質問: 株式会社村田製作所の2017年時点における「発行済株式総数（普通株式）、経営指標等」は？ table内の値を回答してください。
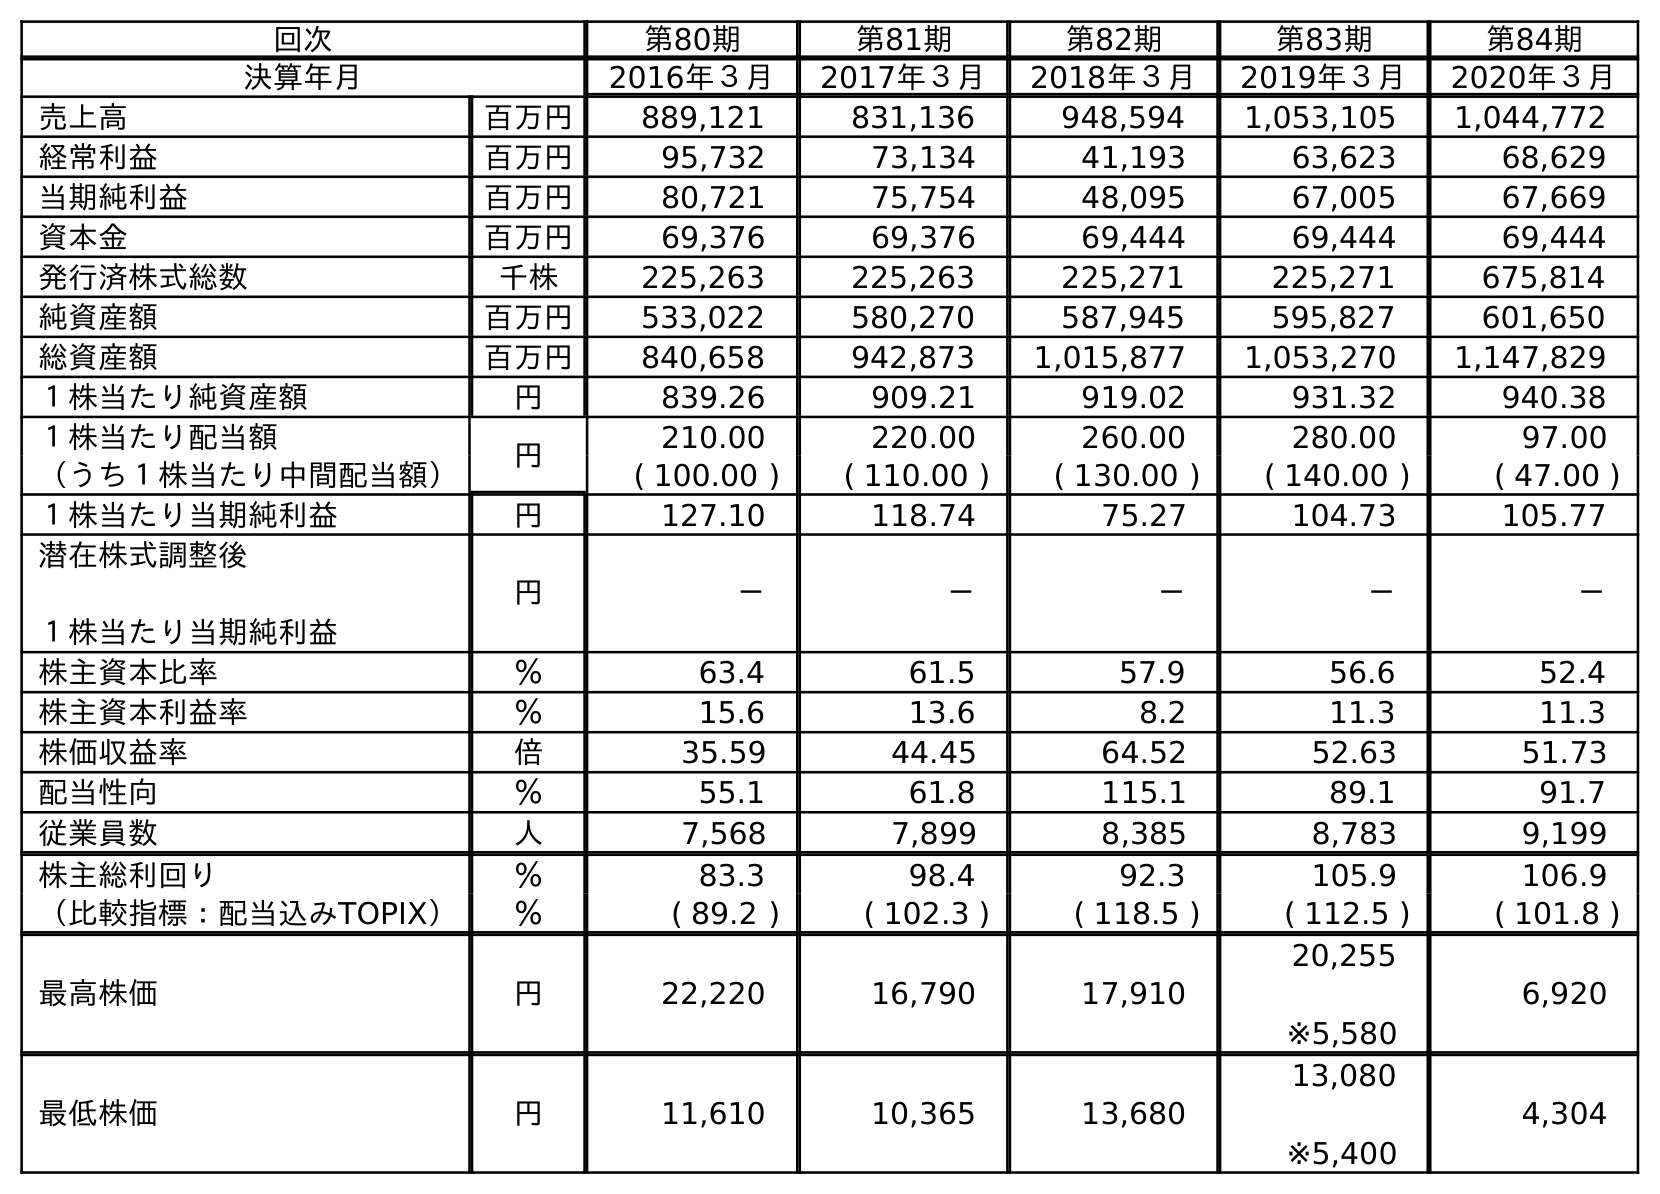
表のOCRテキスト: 回次 第80期 第81期 第82期 第83期 第84期 決算年月 2016年３月 2017年３月 2018年３月 2019年３月 2020年３月 売上高 百万円 889,121 831,136 948,594 1,053,105 1,044,772 経常利益 百万円 95,732 73,134 41,193 63,623 68,629 当期純利益 百万円 80,721 75,754 48,095 67,005 67,669 資本金 百万円 69,376 69,376 69,444 69,444 69,444 発行済株式総数 千株 225,263 225,263 225,271 225,271 675,814 純資産額 百万円 533,022 580,270 587,945 595,827 601,650 総資産額 百万円 840,658 942,873 1,015,877 1,053,270 1,147,829 １株当たり純資産額 円 839.26 909.21 919.02 931.32 940.38 １株当たり配当額 円 210.00 220.00 260.00 280.00 97.00 （うち１株当たり中間配当額） ( 100.00 ) ( 110.00 ) ( 130.00 ) ( 140.00 ) ( 47.00 ) １株当たり当期純利益 円 127.10 118.74 75.27 104.73 105.77 潜在株式調整後 １株当たり当期純利益 円 － － － － － 株主資本比率 ％ 63.4 61.5 57.9 56.6 52.4 株主資本利益率 ％ 15.6 13.6 8.2 11.3 11.3 株価収益率 倍 35.59 44.45 64.52 52.63 51.73 配当性向 ％ 55.1 61.8 115.1 89.1 91.7 従業員数 人 7,568 7,899 8,385 8,783 9,199 株主総利回り ％ 83.3 98.4 92.3 105.9 106.9 （比較指標：配当込みTOPIX） ％ ( 89.2 ) ( 102.3 ) ( 118.5 ) ( 112.5 ) ( 101.8 ) 最高株価 円 22,220 16,790 17,910 20,255 ※5,580 6,920 最低株価 円 11,610 10,365 13,680 13,080 ※5,400 4,304
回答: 225,263